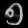
Digit: ၅